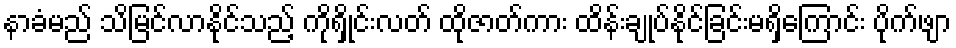
နာခံမည် သိမြင်လာနိုင်သည့် ကိုရှိုင်းလတ် ထိုဇာတ်ကား ထိန်းချုပ်နိုင်ခြင်းမရှိကြောင်း ပိုက်ဖျာ